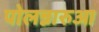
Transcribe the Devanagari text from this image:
पोलन्नारुआ